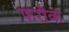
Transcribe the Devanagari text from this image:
फरौक